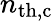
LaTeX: n_{\mathrm{th,c}}